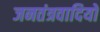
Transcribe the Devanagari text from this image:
जनतंत्रवादियों